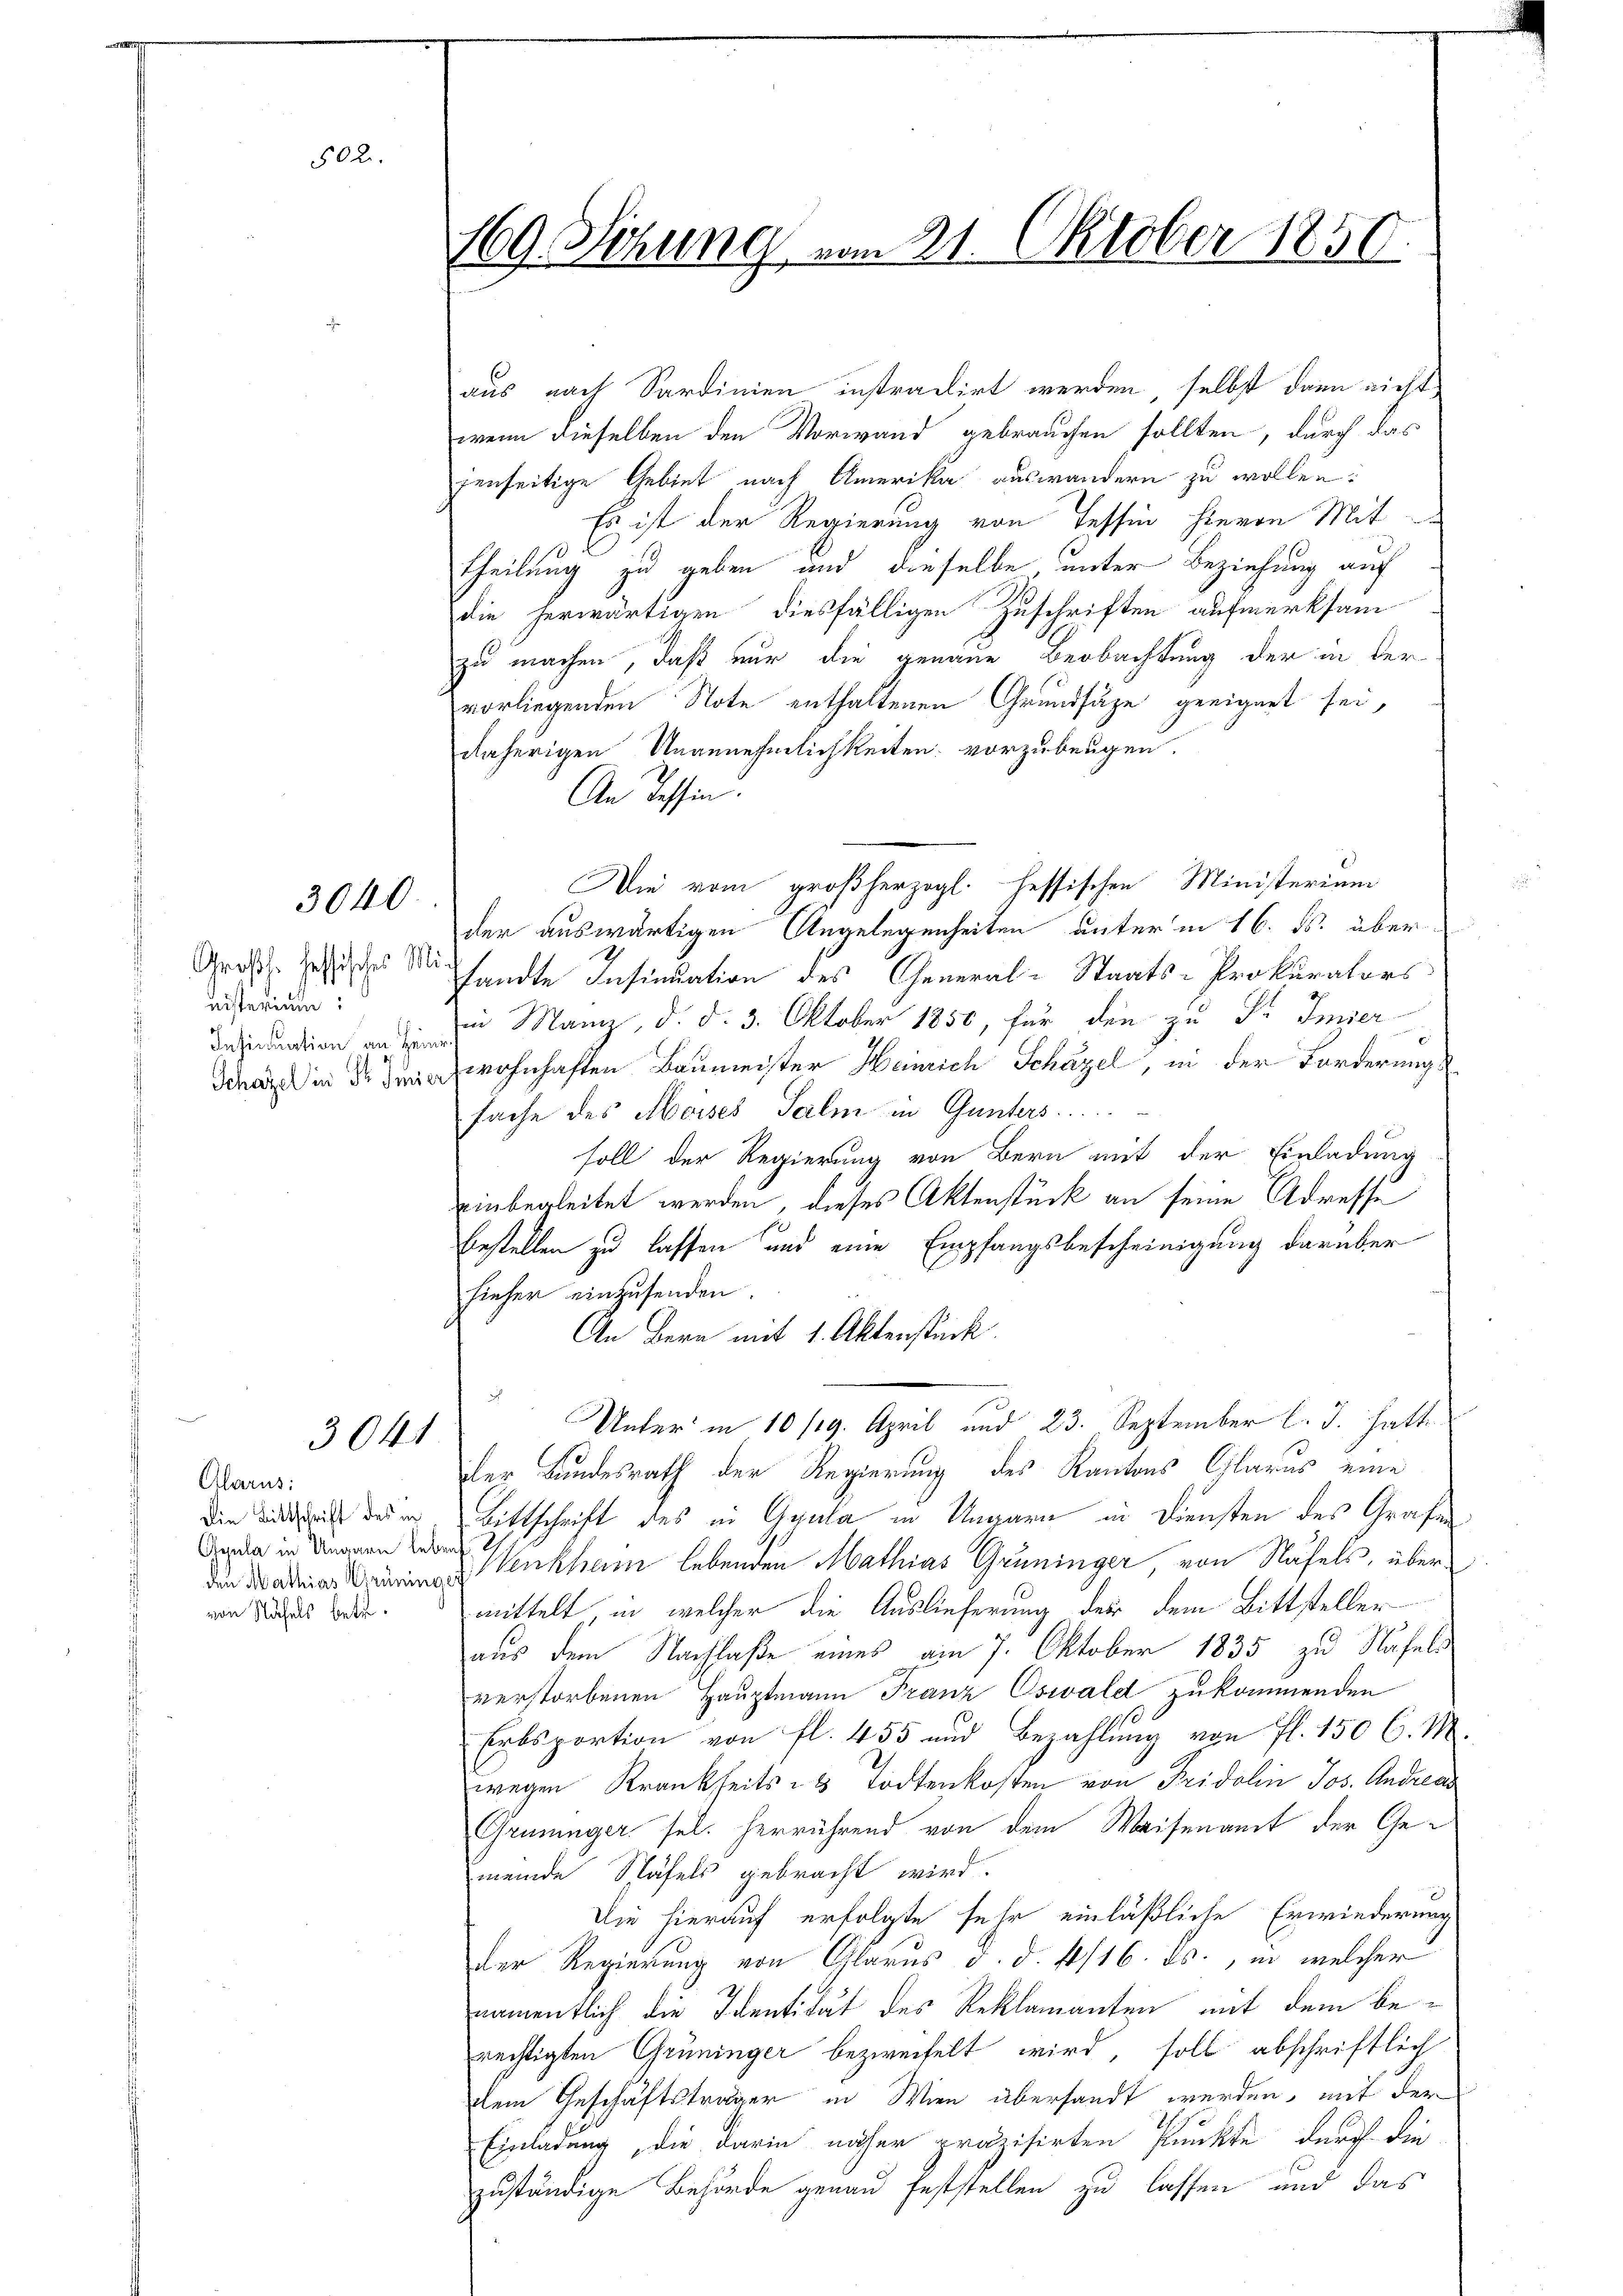
502.

3040

Großh. fessisches Ministerium:

3041

Glarus:
Die Bittschrift des in
Geula in Ungarn lebens
von Näfels betre¬

169. Thung vom 21. Oktober 1850.

aus nach Sardinien instradirt werden, selbst dann nicht
wenn dieselben den Vorwand gebrauchen sollten, durch das
fenseitige Gebiet nach Amerika auswandern zu wollen.
Es ist der Regierung von Tessin hievon Mit-
theilung zu geben und dieselbe unter Beziehung auf
die herwärtigen diesfälligen Zuschriften aufmerksam
zu machen, daß nur die genaue Beobachtung der in Ver-
vorliegenden Note enthaltenen Grundsätze geeignet sei,
daherigen Unannehmlichkeiten vorzubeugen.
An Tessin.
der auswärtigen Angelegenheiten unter in 16. ds. über
sandte Insinuation des General-Staats-Prokurators
edien an Manz, d. d. 3. Oktober 1850, für den zu Dr. Inser
Schaz in der den wohnhaften Baumeister Heinrich Schäzel, in der Forderungs
fache des Moises Salm in Gunters.
soll der Regierung von Bern mit der Einladung
einbegleitet werden, dieses Aktenstück an seine Adresse
bestellen zu lassen und eine Empfangsbescheinigung darüber
hieher einzusenden.
An Bern mit 1. Aktenstück.
2
Unter in 10 /19. April und 23. September l. J. hatte
der Bundesrath der Regierung des Kantons Glarus eine
Bittschrift des in Gyala in Ungarn in Diensten des Grafen
Venkham lebenden Mathias Grüninger, von Näfels, übermittelt, in welcher die Auslieferung der dem Bittsteller
aus dem Nachlaße eines am 7. Oktober 1835 zu Näfels
verstorbenen Hauptmann Franz Oswald zukommenden
Erbsportion von fl. 455 und Bezahlung von fl. 150 C. M.
wegen Krankheits - Todtenkosten von Fridolin Jos. Andreas
Grüninger sel. herrührend von dem Waisenamt der Gemeinde Stäfels gebracht wird.
Die hierauf erfolgte sehr einläßliche Erwiederung
der Regierung von Glarus d. d. 4/16. ds., in welcher
namentlich die Identität des Reklamanten mit dem berechtigten Grüninger bezweifelt wird, soll abschriftlich
dem Geschäftsträger in Wien übersandt werden, mit der
Einladung, die darin näher präzisirten Punkte durch die
zuständige Behörde genau feststellen zu lassen und das

Die vom großherzogl. fessischen Ministerium